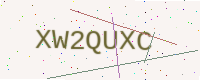
Text: XW2QUXC